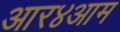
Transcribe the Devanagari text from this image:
आर४आम